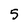
Character: 5